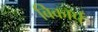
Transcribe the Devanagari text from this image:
बिकॉर्प